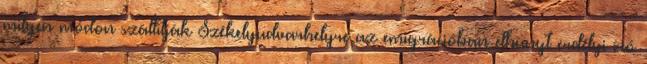
milyen módon szállítják Székelyudvarhelyre az emigrációban elhunyt erdélyi író